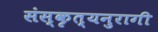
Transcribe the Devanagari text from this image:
संस्कृत्यनुरागी